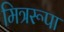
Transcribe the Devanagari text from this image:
मित्ररूपा